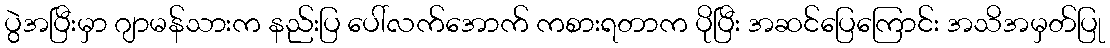
ပွဲအပြီးမှာ ဂျာမန်သားက နည်းပြ ပေါ်လက်အောက် ကစားရတာက ပိုပြီး အဆင်ပြေကြောင်း အသိအမှတ်ပြု